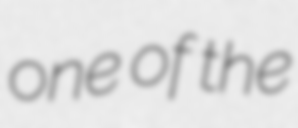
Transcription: one of the